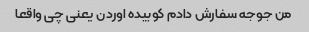
من جوجه سفارش دادم کوبیده اوردن یعنی چی واقعا